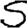
Digit: 5